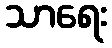
သာရေး